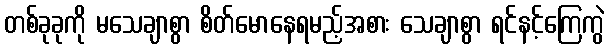
တစ်ခုခုကို မသေချာစွာ စိတ်မောနေရမည့်အစား သေချာစွာ ရင်နင့်ကြေကွဲ